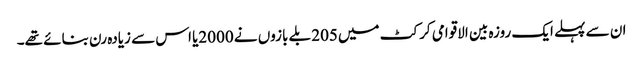
ان سے پہلے ایک روزہ بین الاقوامی کرکٹ میں205 بلے بازوں نے 2000یا اس سے زیادہ رن بنائے تھے۔